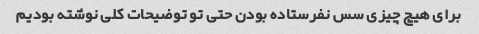
برای هیچ چیزی سس نفرستاده بودن حتی تو توضیحات کلی نوشته بودیم